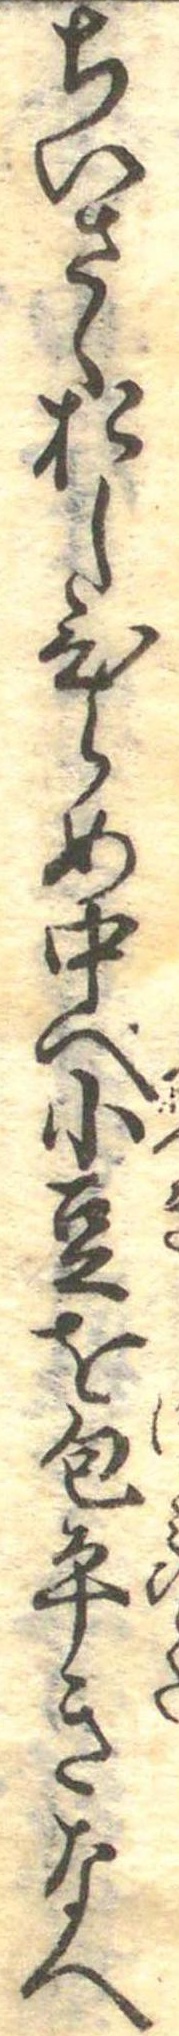
ちいさくおしひらめ中へ小豆を包平きなへ